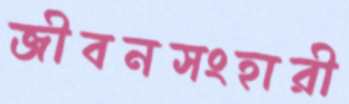
জীবনসংহারী